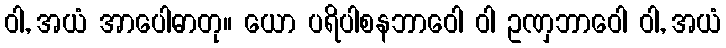
ဝါ, အယံ အာပေါဓာတု။ ယော ပရိပါစနဘာဝေါ ဝါ ဥဏှဘာဝေါ ဝါ, အယံ